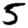
Digit: 5